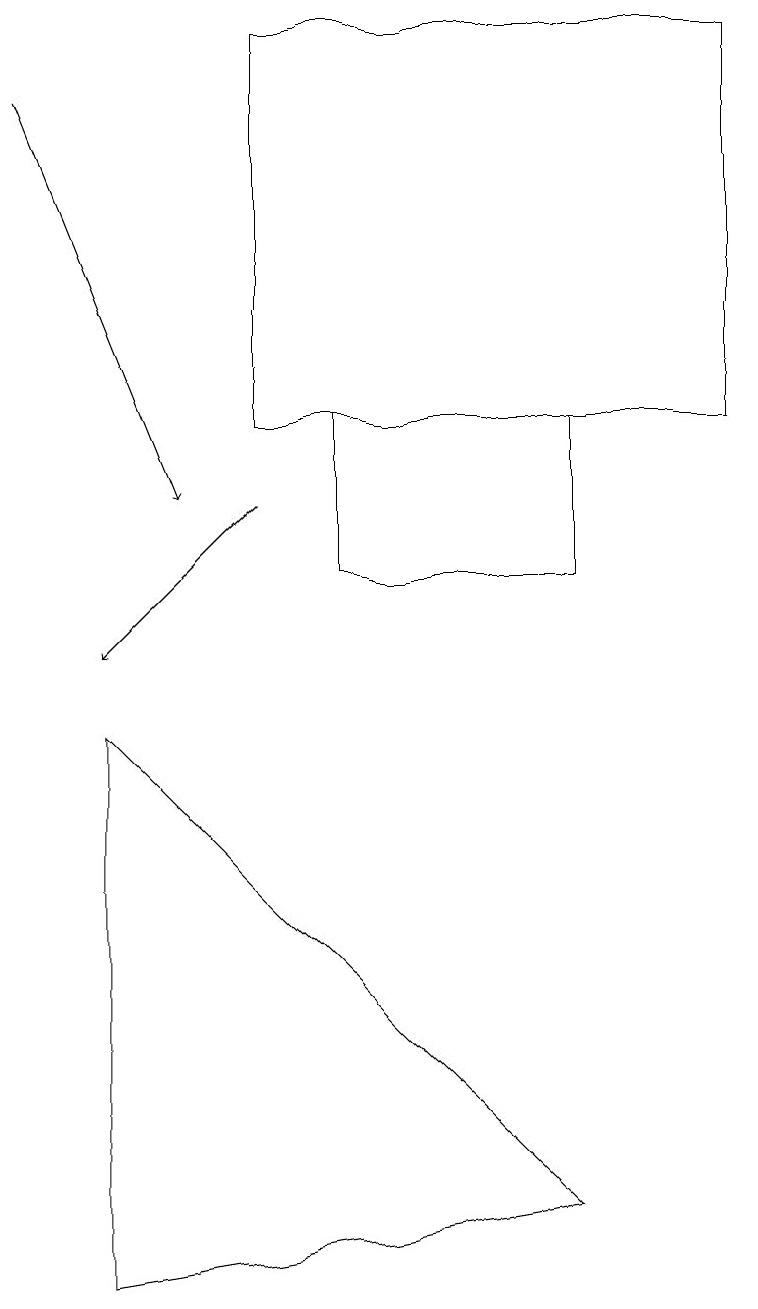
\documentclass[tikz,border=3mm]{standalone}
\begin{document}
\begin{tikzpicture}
\draw (1,2) -- (7,3) -- (1,9) -- cycle;
\draw[->] (3,12) -- (1,10);
\draw[->] (0,17) -- (2,12);
\draw (3,13) rectangle (9,18);
\draw (4,13) rectangle (7,11);
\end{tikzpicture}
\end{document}